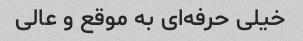
خیلی حرفه‌ای به موقع و عالی